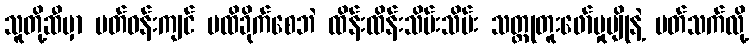
သူတို့ဆီမှာ ပတ်ဝန်းကျင် မထိခိုက်စေဘဲ ထိန်းထိန်းသိမ်းသိမ်း သတ္တုတူးဖော်မှုမျိုနဲ့ ပတ်သက်လို့